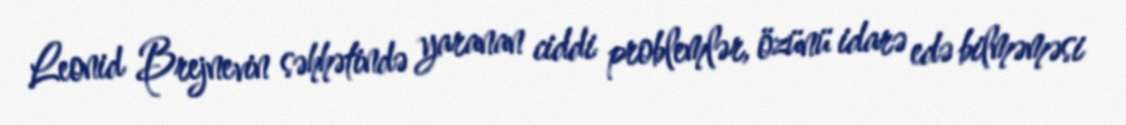
Leonid Brejnevin səhhətində yaranan ciddi problemlər, özünü idarə edə bilməməsi